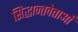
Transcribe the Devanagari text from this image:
सिद्धान्तवेत्ताओं